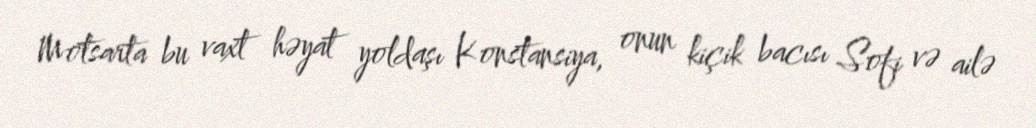
Motsarta bu vaxt həyat yoldaşı Konstansiya, onun kiçik bacısı Sofi və ailə